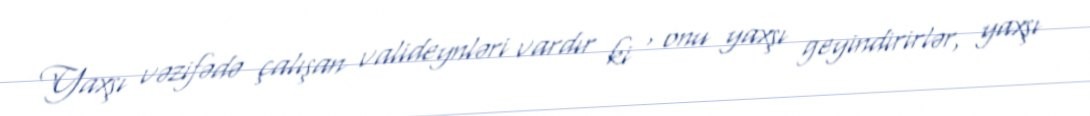
Yaxşı vəzifədə çalışan valideynləri vardır ki , onu yaxşı geyindirirlər, yaxşı